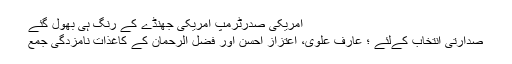
امریکی صدرٹرمپ امریکی جھنڈے کے رنگ ہی بھول گئے
صدارتی انتخاب کےلئے ؛ عارف علوی، اعتزاز احسن اور فضل الرحمان کے کاغذات نامزدگی جمع